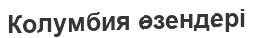
Колумбия өзендері